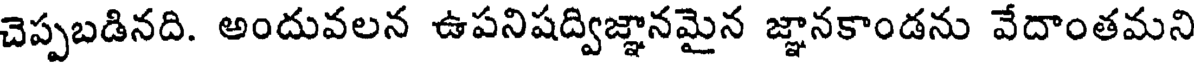
చెప్పబడినది. అందువలన ఉపనిషద్విజ్ఞానమైన జ్ఞానకాండను వేదాంతమని